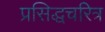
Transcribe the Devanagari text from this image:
प्रसिद्धचरित्र